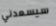
سيسعدني